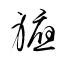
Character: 軈